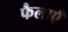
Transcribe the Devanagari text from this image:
फैलाएँ